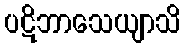
ပဋိဘာသေယျာသိ